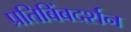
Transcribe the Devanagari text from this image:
प्रतिबिंबदर्शन